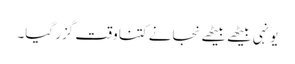
یونہی بیٹھے بیٹھے نجانے کتنا وقت گزر گیا۔